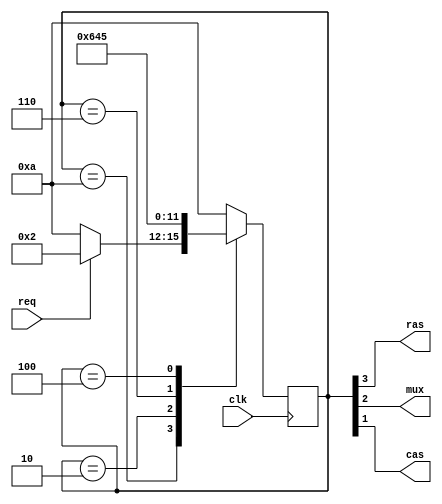
module fsm (
input req, clk,
output ras, mux, cas
);

        reg [3:0] state = 4'b0000;
        parameter [3:0] state0 = 4'b1010;
        parameter [3:0] state1 = 4'b0010;
        parameter [3:0] state2 = 4'b0110;
        parameter [3:0] state3 = 4'b0100;
        parameter [3:0] state4 = 4'b0101;
        
        always @(posedge clk) begin
                case(state)
                  state0 : state <= req ? state1: state0;
                  state1 : state <= state2;
                  state2 : state <= state3;
                  state3 : state <= state4;
                  state4 : state <= state0;
                  default: state <= state0;
                endcase
        end
        
        assign ras = state[3];
        assign mux = state[2];
        assign cas = state[1];
        
endmodule

module testbench();
  reg clk;
  reg req;
  wire ras, mux, cas;
  fsm test(.req(req), .clk(clk), .ras(ras), .mux(mux), .cas(cas));

 
    always #50 clk = ~clk;
 
  //initial begin
  //  clk = 0;
  //  forever #5 clk = ~clk;
  //end
  
  
  initial begin
	clk = 0;
	req = 0;
    #100;
    req = 1;
    #200;
    req = 0;
  end    
endmodule